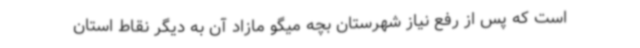
است که پس از رفع نیاز شهرستان بچه میگو مازاد آن به دیگر نقاط استان